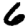
Digit: 6